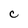
Character: C